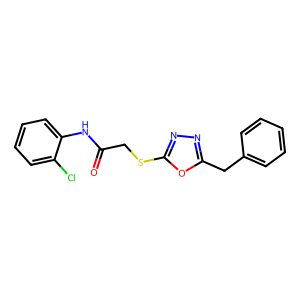
SMILES: O=C(CSc1nnc(Cc2ccccc2)o1)Nc1ccccc1Cl
Inhibits HIV replication: No